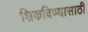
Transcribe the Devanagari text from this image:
शिकविण्‍यासाठी